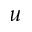
u